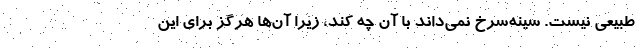
طبیعی نیست. سینه‌سرخ نمی‌داند با آن چه کند، زیرا آن‌ها هرگز برای این